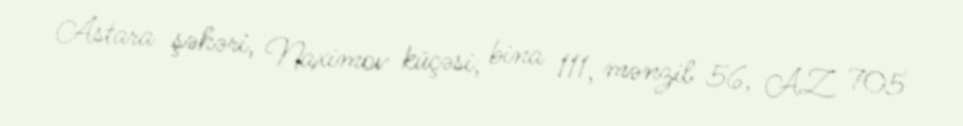
Astara şəhəri, Naximov küçəsi, bina 111, mənzil 56, AZ 705